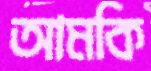
আমকি